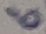
Text: 6